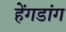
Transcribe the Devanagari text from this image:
हेंगडांग